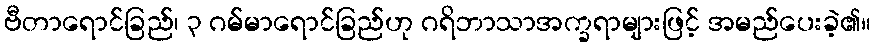
ဗီတာရောင်ခြည်၊ ၃ ဂမ်မာရောင်ခြည်ဟု ဂရိဘာသာအက္ခရာများဖြင့် အမည်ပေးခဲ့၏။